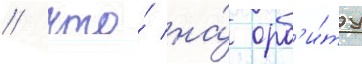
/ что́ на́ орб'и́ту